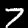
Label: 7